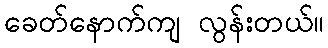
ခေတ်နောက်ကျ လွန်းတယ်။